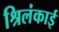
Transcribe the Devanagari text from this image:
श्रिलंकाई